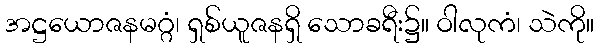
အဋ္ဌယောဇနမဂ္ဂံ၊ ရှစ်ယူဇနရှိ သောခရီး၌။ ဝါလုကံ၊ သဲကို။